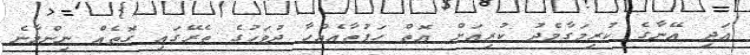
އަދި އޭނާގެ ކުރިމަގާމެދު ކުރިއަށް އޮތް ހަފުތާއެއްހާ ދުވަހުގެ ތެރޭގައި ގޮތެއް ނިންމާނެ